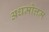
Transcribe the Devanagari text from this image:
अधमोत्तम